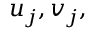
u _ { j } , v _ { j } ,